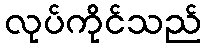
လုပ်ကိုင်သည်